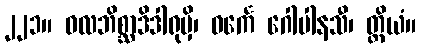
၂၂၁။ ဝလဘိစ္ဆာဒိဒါရုမှိ၊ ဝင်္ကေ ဂေါပါနသီ၊ တ္ထိယံ။